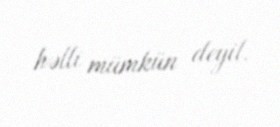
həlli mümkün deyil.